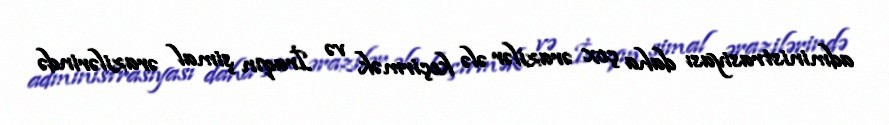
administrasiyası daha çox ərazilər ələ keçirmək və İraqın şimal ərazilərində